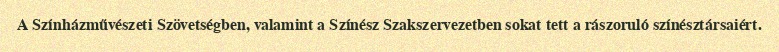
A Színházművészeti Szövetségben, valamint a Színész Szakszervezetben sokat tett a rászoruló színésztársaiért.